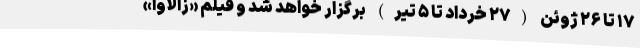
۱۷ تا ۲۶ ژوئن (۲۷ خرداد تا ۵ تیر) برگزار خواهد شد و فیلم «زالاوا»